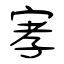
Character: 宯